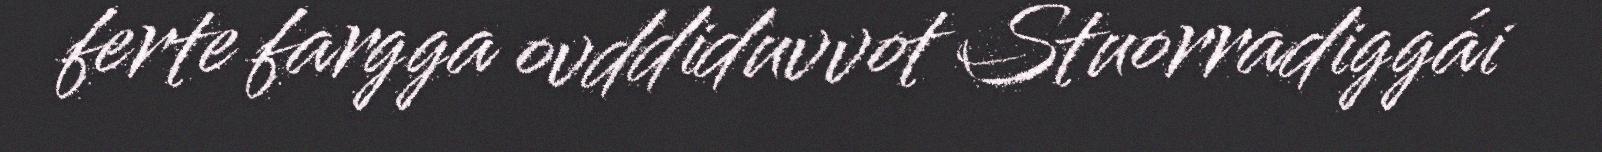
ferte fargga ovddiduvvot Stuorradiggái